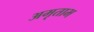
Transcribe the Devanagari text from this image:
अमृताभ